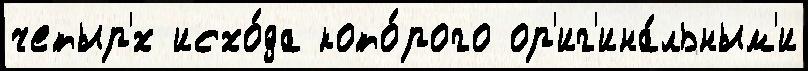
четыр'́х исхо́да кото́рого ор'иг'ина́льным'и